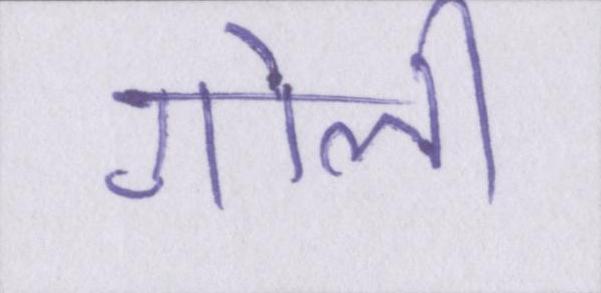
गोली